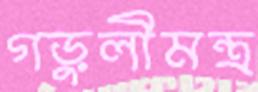
গড়ুলীমন্ত্র